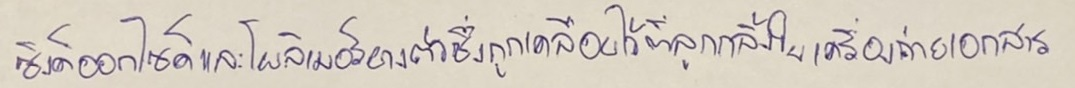
ซิงค์ออกไซด์และโพลิเมอร์บางตัวซึ่งถูกเคลือบไว้ที่ลูกกลิ้งในเครื่องถ่ายเอกสาร